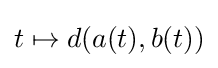
t\mapsto d(a(t),b(t))